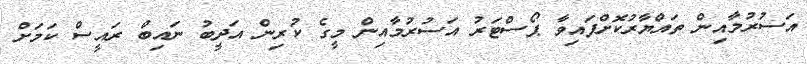
އަސުރުމާއިން ތައްޔާރުކޮށްފައިވާ ޕޯސްޓަރު އަސުރުމާއިން މީގެ ކުރިން އަދީބު ނައިބް ރައީސް ކަމަށް